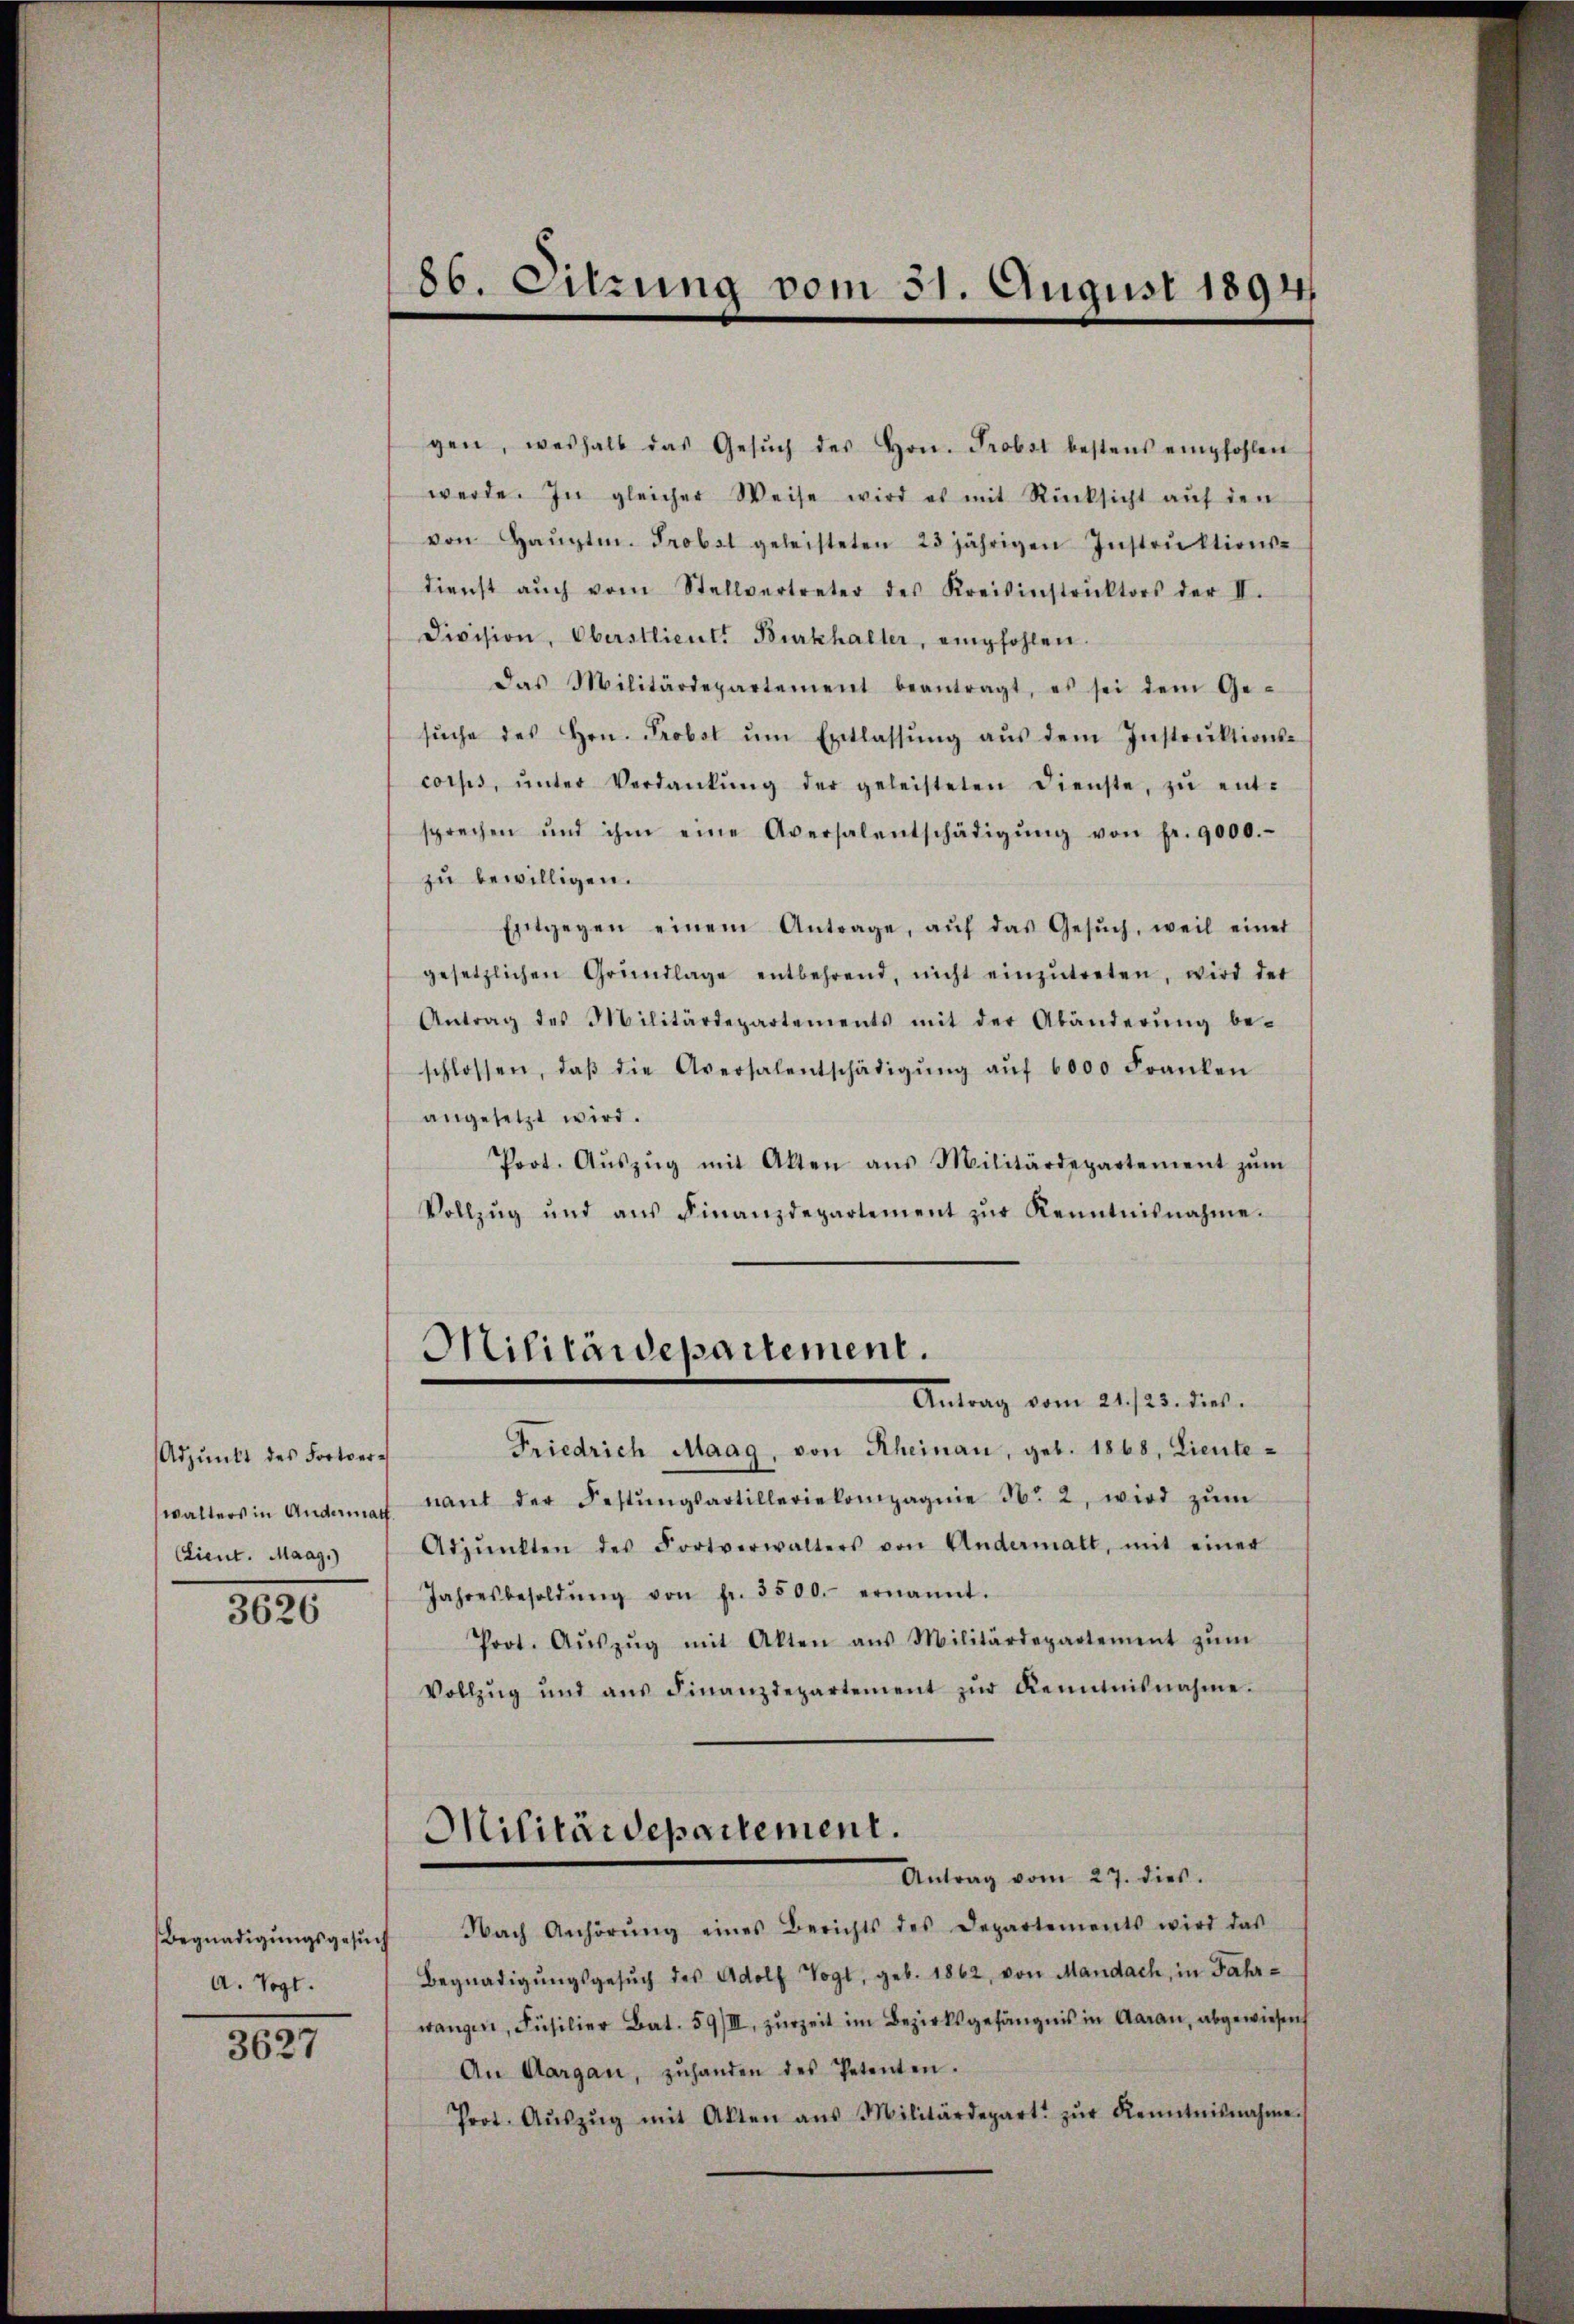
Adpŭnkt des Fortverwalters in Andermath.
CLieut. Maag.)

3626

Begnadigungsgesuch
A. Vogt.

3627

86. Sitzung vom 31. August 1894

gen, weshalb das Gesŭch des Hrn. Probst bestens empfohlen
werde. In gleicher Weise wird es mit Rücksicht aŭf den
von Haŭptm. Probst geleisteten 25 jährigen Instrŭktions-
dienst aŭch vom Stellvertreter des Kreisinstrŭktors der II.
Division, Oberstlieutt Burkhalter, empfohlen.
Das Militärdepartement beantragt, es sei dem Ge-
sŭche des Hrn. Probst ŭm Entlassŭng aŭs dem Instrŭktions-
corps, ŭnter Verdankŭng der geleisteten Dienste, zŭ ent-
sprechen und ihm eine Aversalentschädigŭng von fr. 9000.-
zu bewilligen.
Entgegen einem Antrage, aŭf das Gesŭch, weil einer
gesetzlichen Grundlage entbehrend, nicht einzŭtreten, wird der
Antrag des Militärdepartements mit der Abänderŭng be-
schlossen, daβ die Aversalentschädigŭng aŭf 6000 Franken
angesetzt wird.
Prot. Aŭszŭg mit Akten aŭs Militärdepartement zŭm
Vollzŭg und ans Finanzdepartement zŭr Kenntnisnahme.
Militärdepartement.
Antrag vom 21./25. dies
Friedrich Maag, von Rheinau, geb. 1868, Lieutenant der Festŭngsartilleriekompagnie No 2, wird zŭm
Adpŭnkten des Fortverwalters von Andermalt, mit einer
Jahresbesoldŭng von fr. 3500.- ernannt.
Prot. Aŭszŭg mit Akten aus Militärdepartement zŭm
Vollzŭg und aŭs Finanzdepartement zŭr Kenntnisnahme.
Militärdepartement.
Antrag vom 27. dies
Nach Anhörŭng eines Berichts des Departements wird das
Begnadigŭngsgesŭch des Adolf Vogt, geb. 1862, von Mandach, in Jahr-
wangen, Füsilier Bat. 59/III, zurzeit im Bezirksgefängnis in Aarau, abgewiesen
An Aargau, zŭhanden des Petenten.
Prot. Aŭszŭg mit Akten aus Militärdepart zŭr Kenntnisnahme.